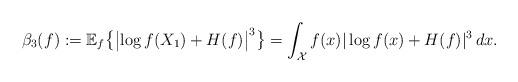
LaTeX: \begin{align*}\beta_3(f) := \mathbb{E}_f\bigl\{\bigl|\log f(X_1) + H(f)\bigr|^3\bigr\} = \int_{\mathcal{X}} f(x)|\log f(x) + H(f)|^3 \, dx.\end{align*}